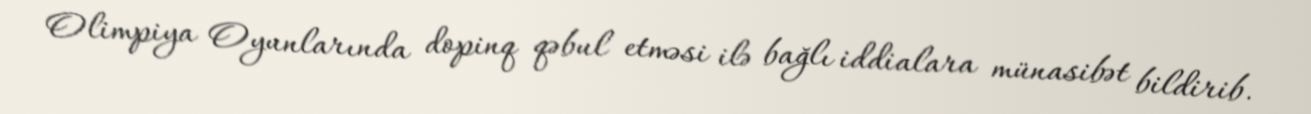
Olimpiya Oyunlarında dopinq qəbul etməsi ilə bağlı iddialara münasibət bildirib.